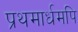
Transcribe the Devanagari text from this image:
प्रथमार्धमपि